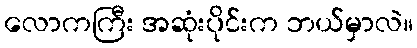
လောကကြီး အဆုံးပိုင်းက ဘယ်မှာလဲ။